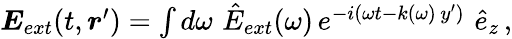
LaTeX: \begin{array}{r}{\boldsymbol{E}_{ext}(t,\boldsymbol{r}^{\prime})=\int d\omega\, \, \hat{E}_{ext}(\omega)\, e^{-i(\omega t-k(\omega)\, y^{\prime})}\, \, \hat{e}_{z}\, ,}\end{array}